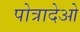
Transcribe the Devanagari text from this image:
पोत्रादेओ